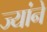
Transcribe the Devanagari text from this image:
ज्यांने